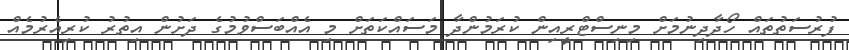
ފުރުސަތުތައް ހޯދާދިނުމަށް މިނިސްޓްރީއިން ކުރަމުންދާ މަސައްކަތަށް މި އެއްބަސްވުމުގެ ދަށުން އިތުރު ކުރިއެރުމެއް